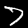
Digit: 7